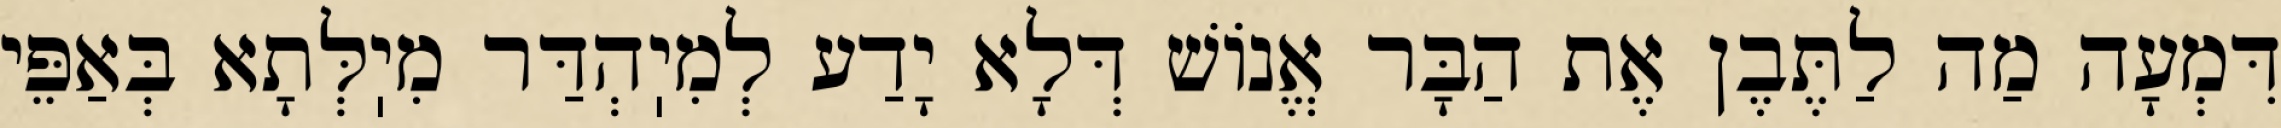
דִּמְעָה מַה לַתֶּבֶן אֶת הַבָּר אֱנוֹשׁ דְּלָא יָדַע לְמִיֽהְדַּר מִיֽלְּתָא בְּאַפֵּי